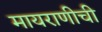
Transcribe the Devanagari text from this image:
मायराणीची